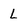
Character: L